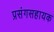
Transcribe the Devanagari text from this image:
प्रसंगसहायक